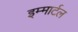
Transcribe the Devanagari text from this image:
इम्मार्टल